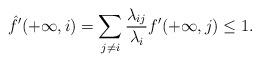
LaTeX: \begin{align*}\hat{f}'(+ \infty,i) = \sum_{j \neq i} \dfrac{\lambda_{ij}}{{\lambda}_i} f'(+\infty,j)\leq 1.\end{align*}